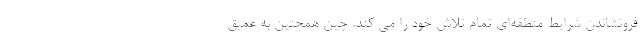
فرونشاندن شرایط منطقه‌ای تمام تلاش خود را می کند. چین همچنین به عمیق